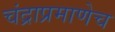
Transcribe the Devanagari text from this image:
चंद्राप्रमाणेच